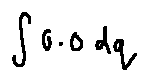
\int 0 . 0 d q